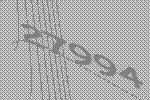
27994